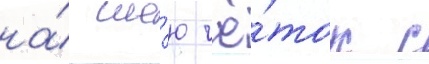
на́ ше́ю чё́ток с